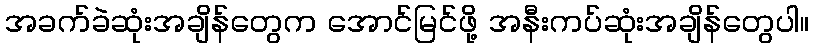
အခက်ခဲဆုံးအချိန်တွေက အောင်မြင်ဖို့ အနီးကပ်ဆုံးအချိန်တွေပါ။